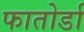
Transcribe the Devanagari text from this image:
फातोर्डा